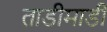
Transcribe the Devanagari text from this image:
ताडीमाडी